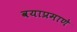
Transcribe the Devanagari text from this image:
वयाप्रमाणे